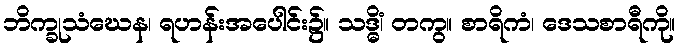
ဘိက္ခုသံဃေန၊ ရဟန်းအပေါင်း၌။ သဒ္ဓိံ၊ တကွ။ စာရိကံ၊ ဒေသစာရီကို။